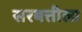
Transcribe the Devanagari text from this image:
सरबत्तीला